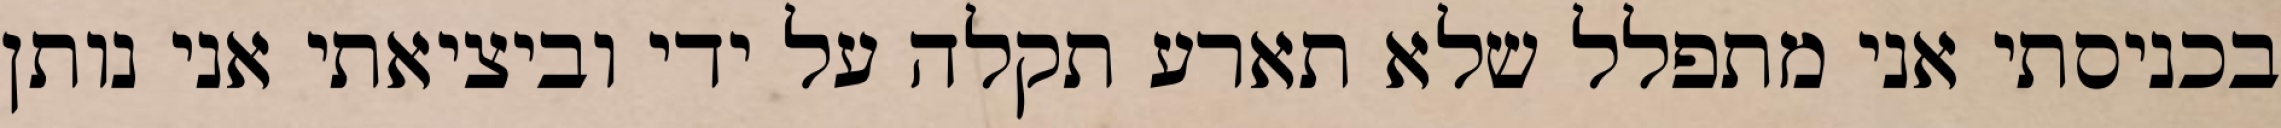
בכניסתי אני מתפלל שלא תארע תקלה על ידי וביציאתי אני נותן